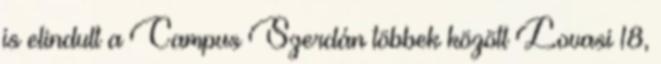
is elindult a Campus Szerdán többek között Lovasi 18,